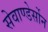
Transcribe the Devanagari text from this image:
सेवाण्डेर्सोन